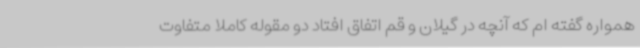
همواره گفته ام که آنچه در گیلان و قم اتفاق افتاد دو مقوله کاملا متفاوت